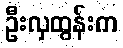
ဦးလှထွန်းက